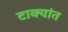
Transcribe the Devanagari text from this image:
टाक्यांत